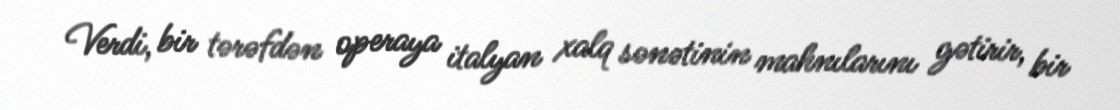
Verdi, bir tərəfdən operaya italyan xalq sənətinin mahnılarını gətirir, bir